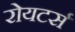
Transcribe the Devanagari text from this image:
रोयटर्स